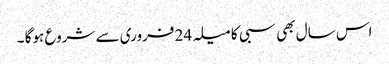
اس سال بھی سبی کا میلہ 24 فروری سے شروع ہوگا ۔